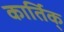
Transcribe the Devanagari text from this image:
कार्तिक्